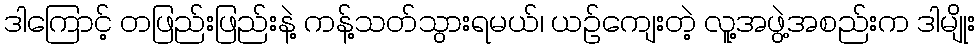
ဒါကြောင့် တဖြည်းဖြည်းနဲ့ ကန့်သတ်သွားရမယ်၊ ယဉ်ကျေးတဲ့ လူ့အဖွဲ့အစည်းက ဒါမျိုး